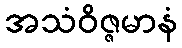
အသံဝိဇ္ဇမာနံ